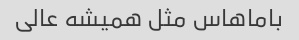
باماهاس مثل همیشه عالی